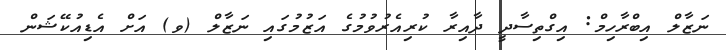
ނަޒާލް އިބްރާހިމް: އިގްތިސާދީ ދާއިރާ ކުރިއެރުވުމުގެ އަޒުމުގައި ނަޒާލް (ވ) އަށް އެޑިއުކޭޝަން